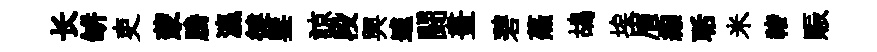
长缾吏蒙騰瀛徤鑒諒段興遽闘畫碧蕪鴣埃眉縮聒米禇賑